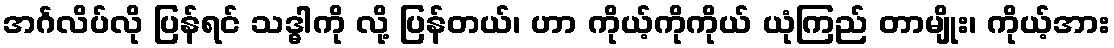
အင်္ဂလိပ်လို ပြန်ရင် သဒ္ဓါကို လို့ ပြန်တယ်၊ ဟာ ကိုယ့်ကိုကိုယ် ယုံကြည် တာမျိုး၊ ကိုယ့်အား